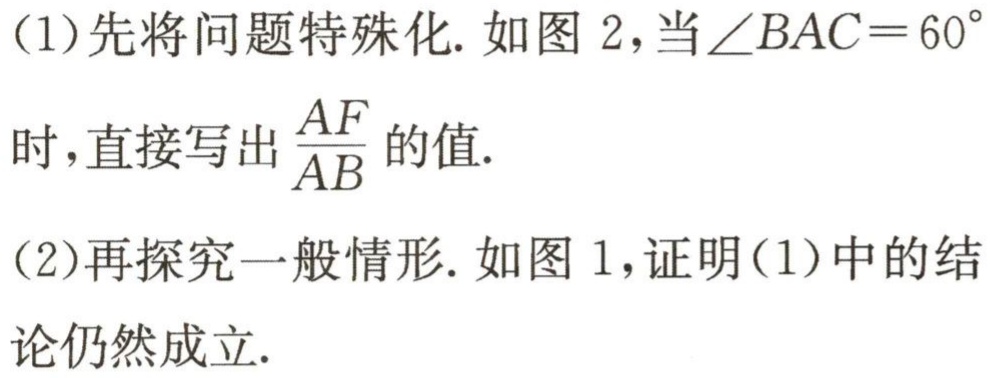
(1)先将问题特殊化. 如图 2,当$\angle BAC = 60^{\circ}$
时,直接写出$\frac{AF}{AB}$的值.
(2)再探究一般情形. 如图 1,证明(1)中的结
论仍然成立.